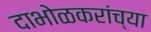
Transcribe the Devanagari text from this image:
दाभोळकरांच्या